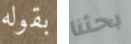
بقوله بحثنا